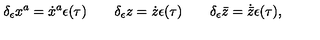
\delta _ { \epsilon } x ^ { a } = \dot { x } ^ { a } \epsilon ( \tau ) \qquad \delta _ { \epsilon } z = \dot { z } \epsilon ( \tau ) \qquad \delta _ { \epsilon } \bar { z } = \dot { \bar { z } } \epsilon ( \tau ) ,